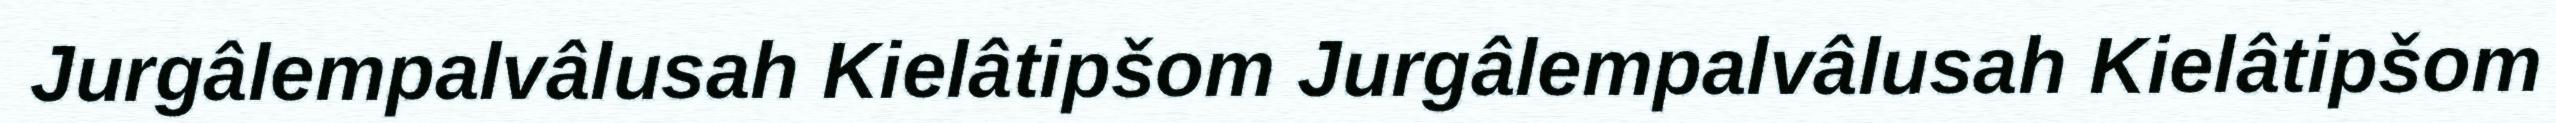
Jurgâlempalvâlusah Kielâtipšom Jurgâlempalvâlusah Kielâtipšom